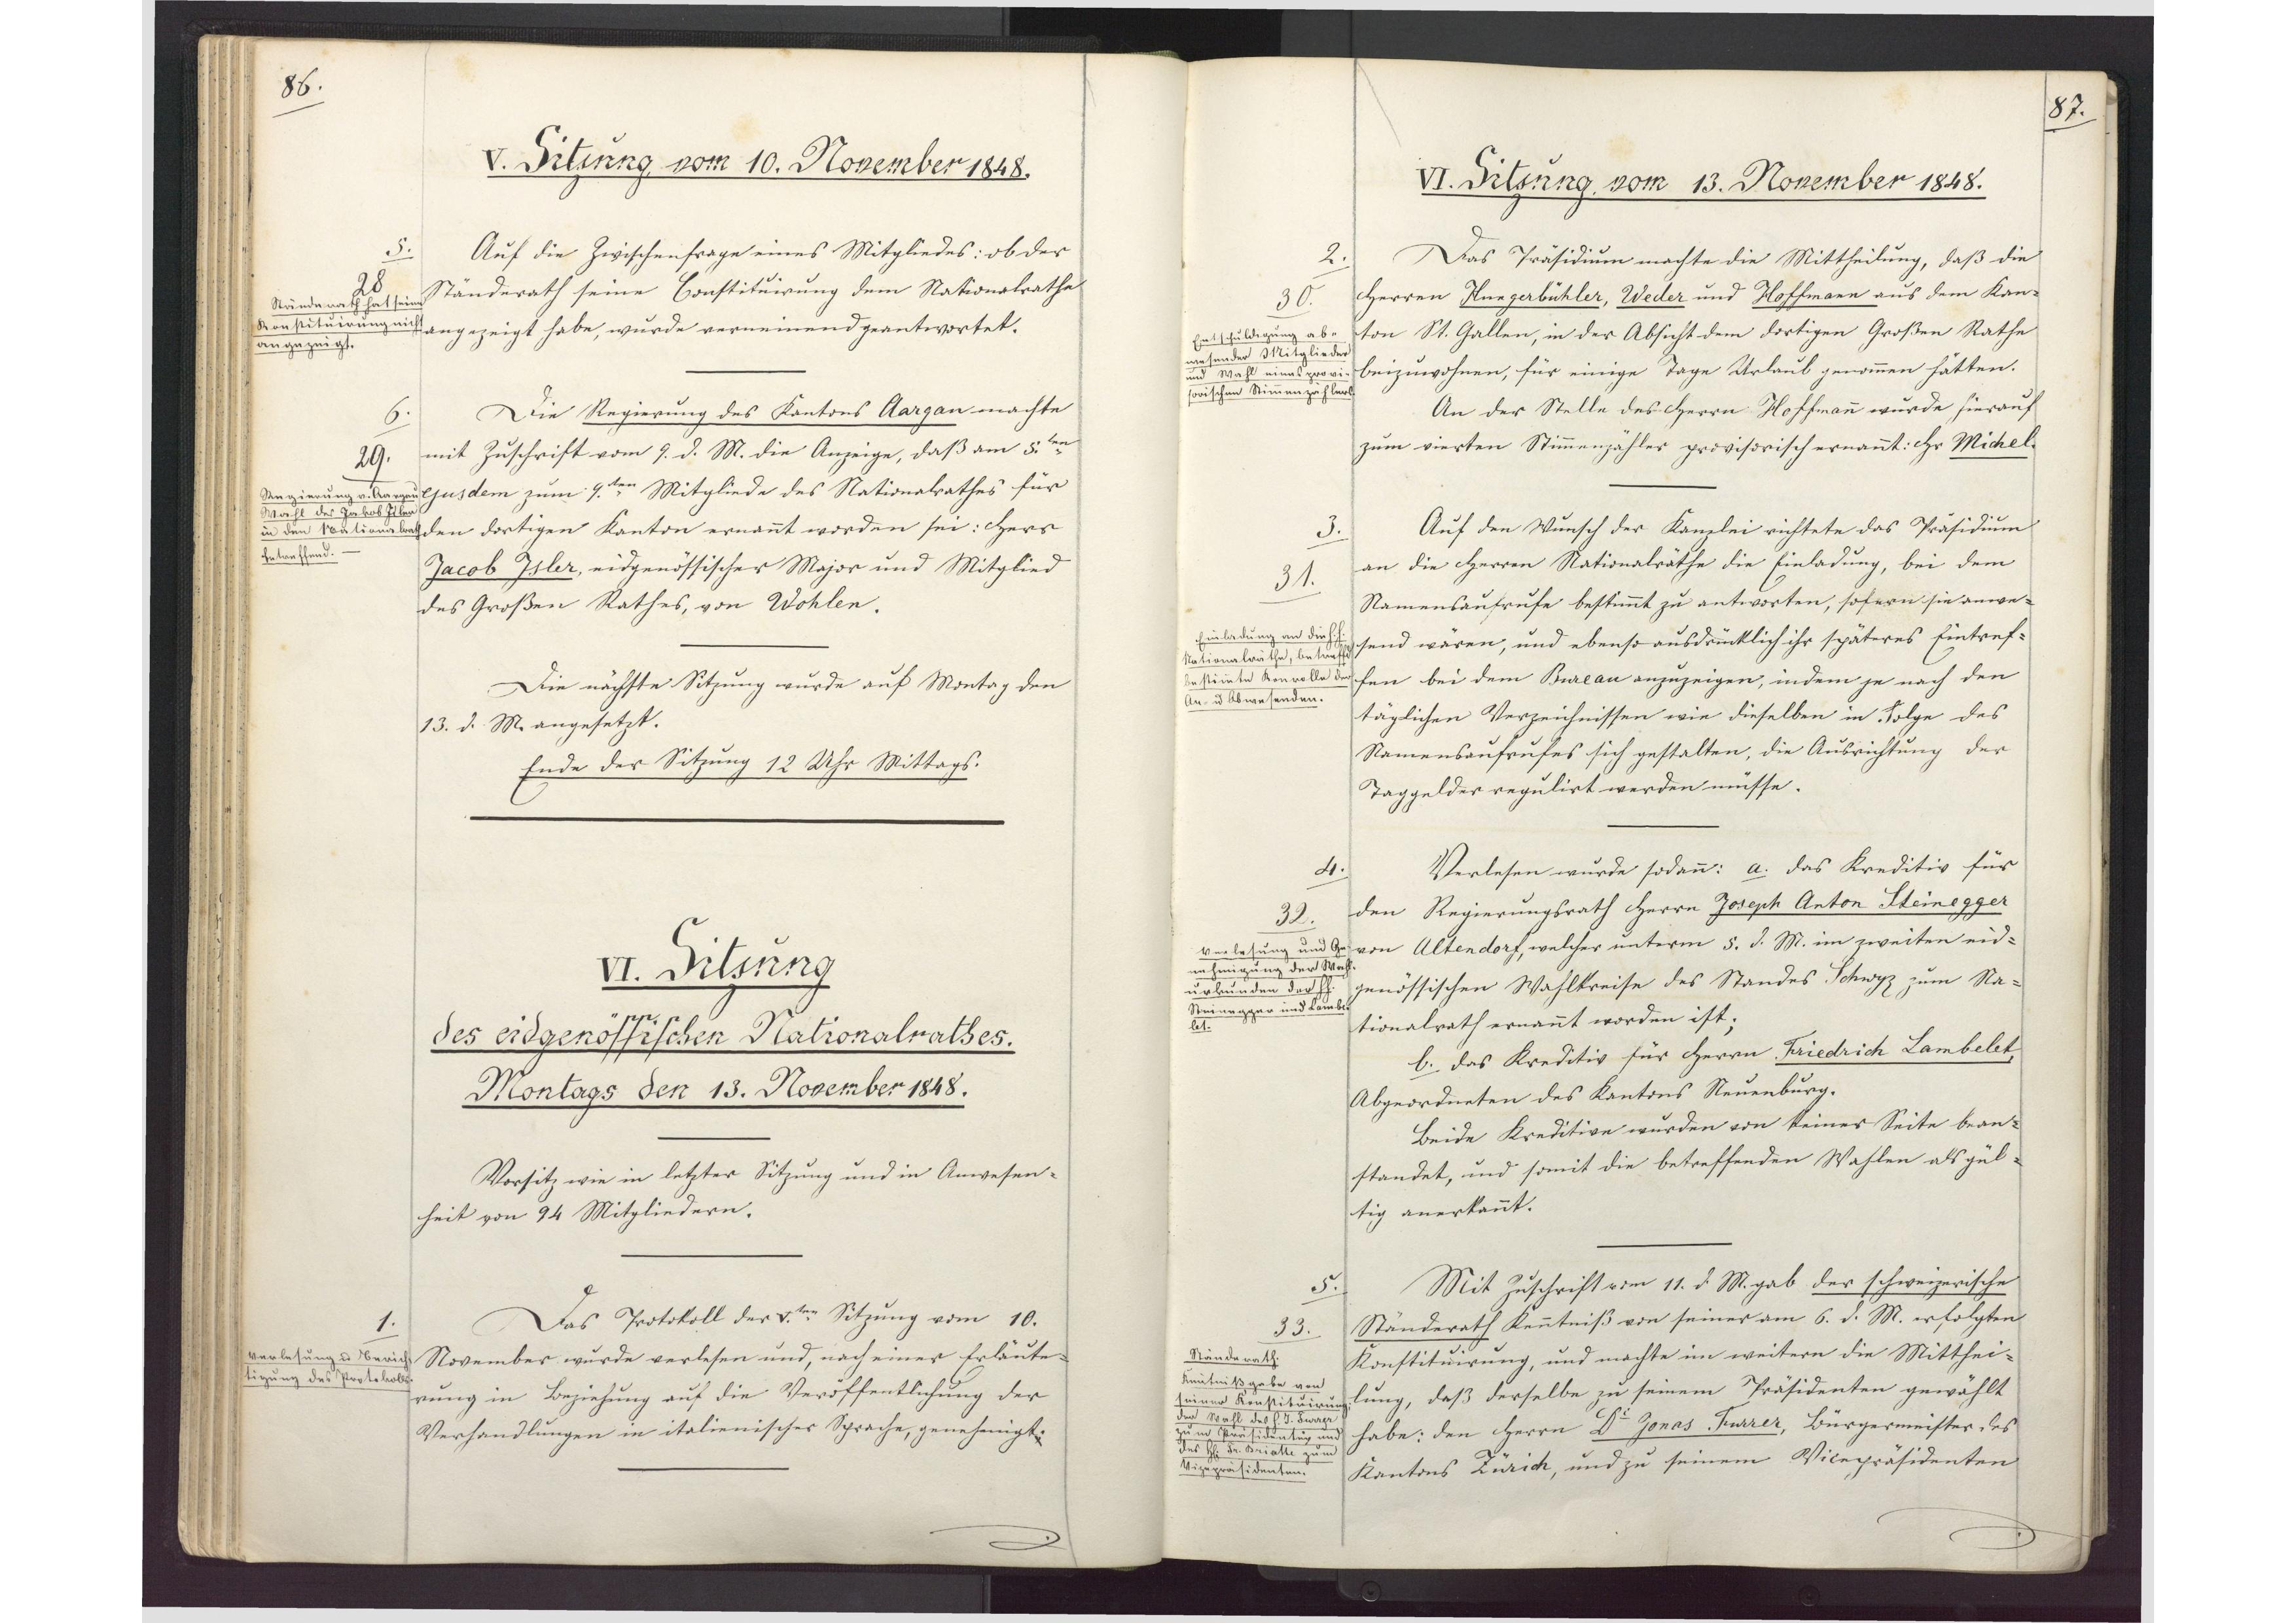
86.

V. Sitzung vom 10. November 1848.

Auf die Zwischenfrage eines Mitgliedes: ob der
Ständerath seine Constituirung dem Nationalrathe
angezeigt habe, wurde verneinend geantwortet.
Die Regierung des Kantons Aargau machte
mit Zuschrift vom 9. d. M. die Anzeige, daß am 5ten
ejusdem zum 9ten Mitgliede des Nationalrathes für
den dortigen Kanton ernannt worden sei: Herr
Jacob Isler, eidgenössischer Major und Mitglied
des Großen Rathes, von Wohlen.
Die nächste Sitzung wurde auf Montag den
13. d. M. angesetzt.
Ende der Sitzung 12 Uhr Mittags.

5.
28
Ständerath hat seine
Konstituirung nicht
angezeigt.

6.
29.
Regulierung v. Aargau
Wahl des Jakob Isler
in den Nationalrath
betreffend.